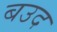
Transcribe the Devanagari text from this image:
बउद